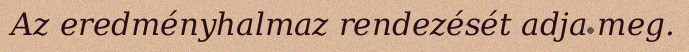
Az eredményhalmaz rendezését adja meg.